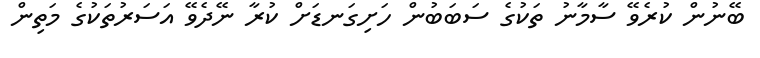
ބޭނުން ކުރެވޭ ސާމާނު ތަކުގެ ސަބަބުން ހަށިގަނޑަށް ކުރާ ނޭދެވޭ އަސަރުތަކުގެ މަތިން